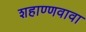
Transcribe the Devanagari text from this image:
शहाण्णवावा